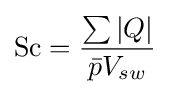
\mathrm {Sc} ={\frac {\sum {\left|{Q}\right|}}{{\bar {p}}V_{sw}}}